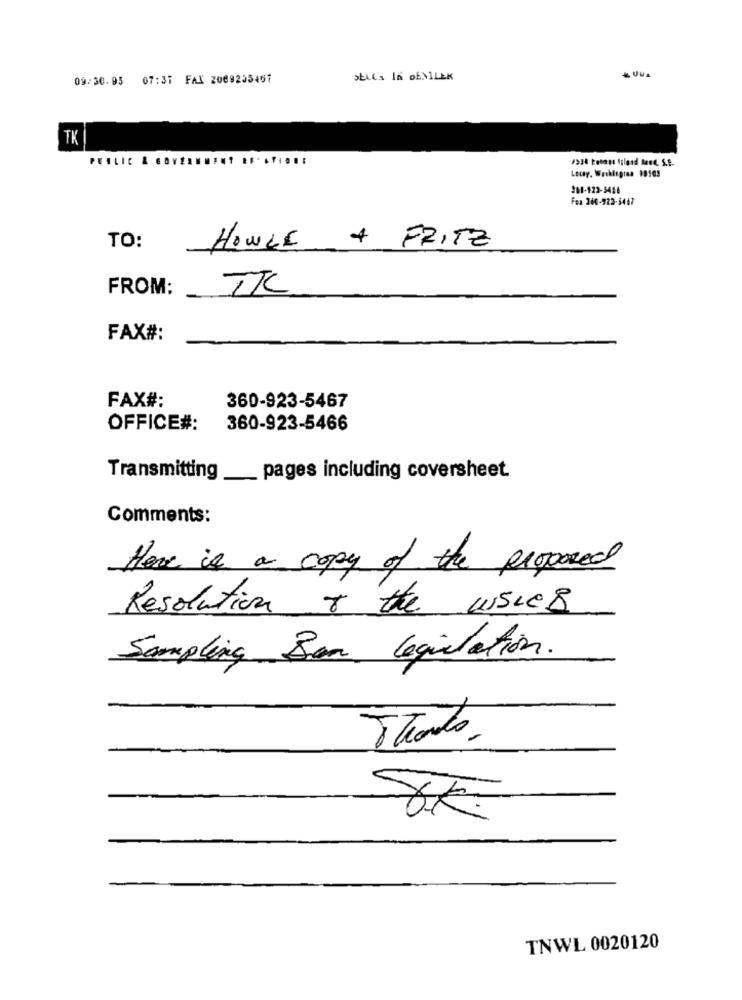
09:30.95 07:37 FAX 2089255457
& UVA
TK
Locay, Wasklogtaa 18563
201-122-5486
Fea 260-723-5447
TO:
HOWLE + FRITZ
FROM:
TIC
FAX#:
FAX#:
360-923-5467
OFFICE#:
360-923-5466
Transmitting_
pages including coversheet.
Comments:
Here is a copy of the proposed
Resolution & the usces
Sampling Ben legislation.
Thats,
8€
TNWL 0020120